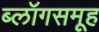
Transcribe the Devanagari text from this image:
ब्लॉगसमूह